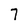
Character: 7